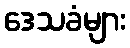
ဒေသခံများ